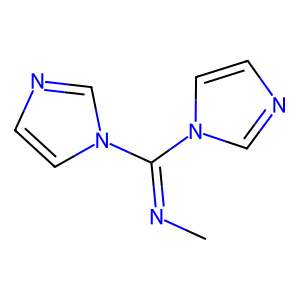
SMILES: CN=C(n1ccnc1)n1ccnc1
Inhibits HIV replication: No